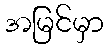
အမြင်မှာ